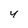
Character: 4